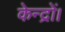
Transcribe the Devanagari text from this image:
केन्द्रों।